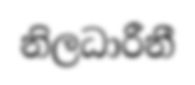
නිලධාරීනී